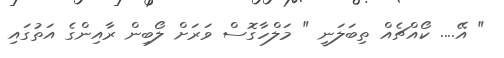
" އޭ.... ކޯއްޗެއް ތިބަލަނީ " މަލްހާގޮސް ވަރަށް ލޯބިން ރާއިންގެ އަތުގައި